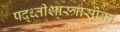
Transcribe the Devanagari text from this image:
पद्ध्तीशास्त्रासोबत